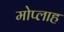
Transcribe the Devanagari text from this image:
मोप्लाह